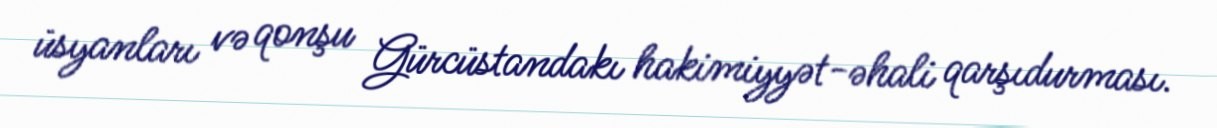
üsyanları və qonşu Gürcüstandakı hakimiyyət-əhali qarşıdurması.